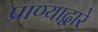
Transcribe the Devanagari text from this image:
प्राण्याद्वारे